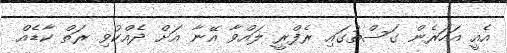
އެއީ އަހަރެން ގަސްތުގައި ރެފްރީ ލައްވާ އޭނާ އަށް ދެއްކުވި ރަތް ކާޑެއް